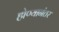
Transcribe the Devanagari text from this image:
होण्यानंतर